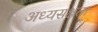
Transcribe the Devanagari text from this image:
अध्यसक्षता